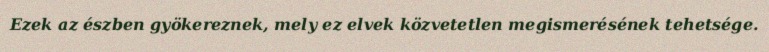
Ezek az észben gyökereznek, mely ez elvek közvetetlen megismerésének tehetsége.